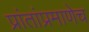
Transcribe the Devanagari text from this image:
प्रांतांप्रमाणेच